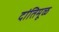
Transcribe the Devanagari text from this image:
दांतिमूळ